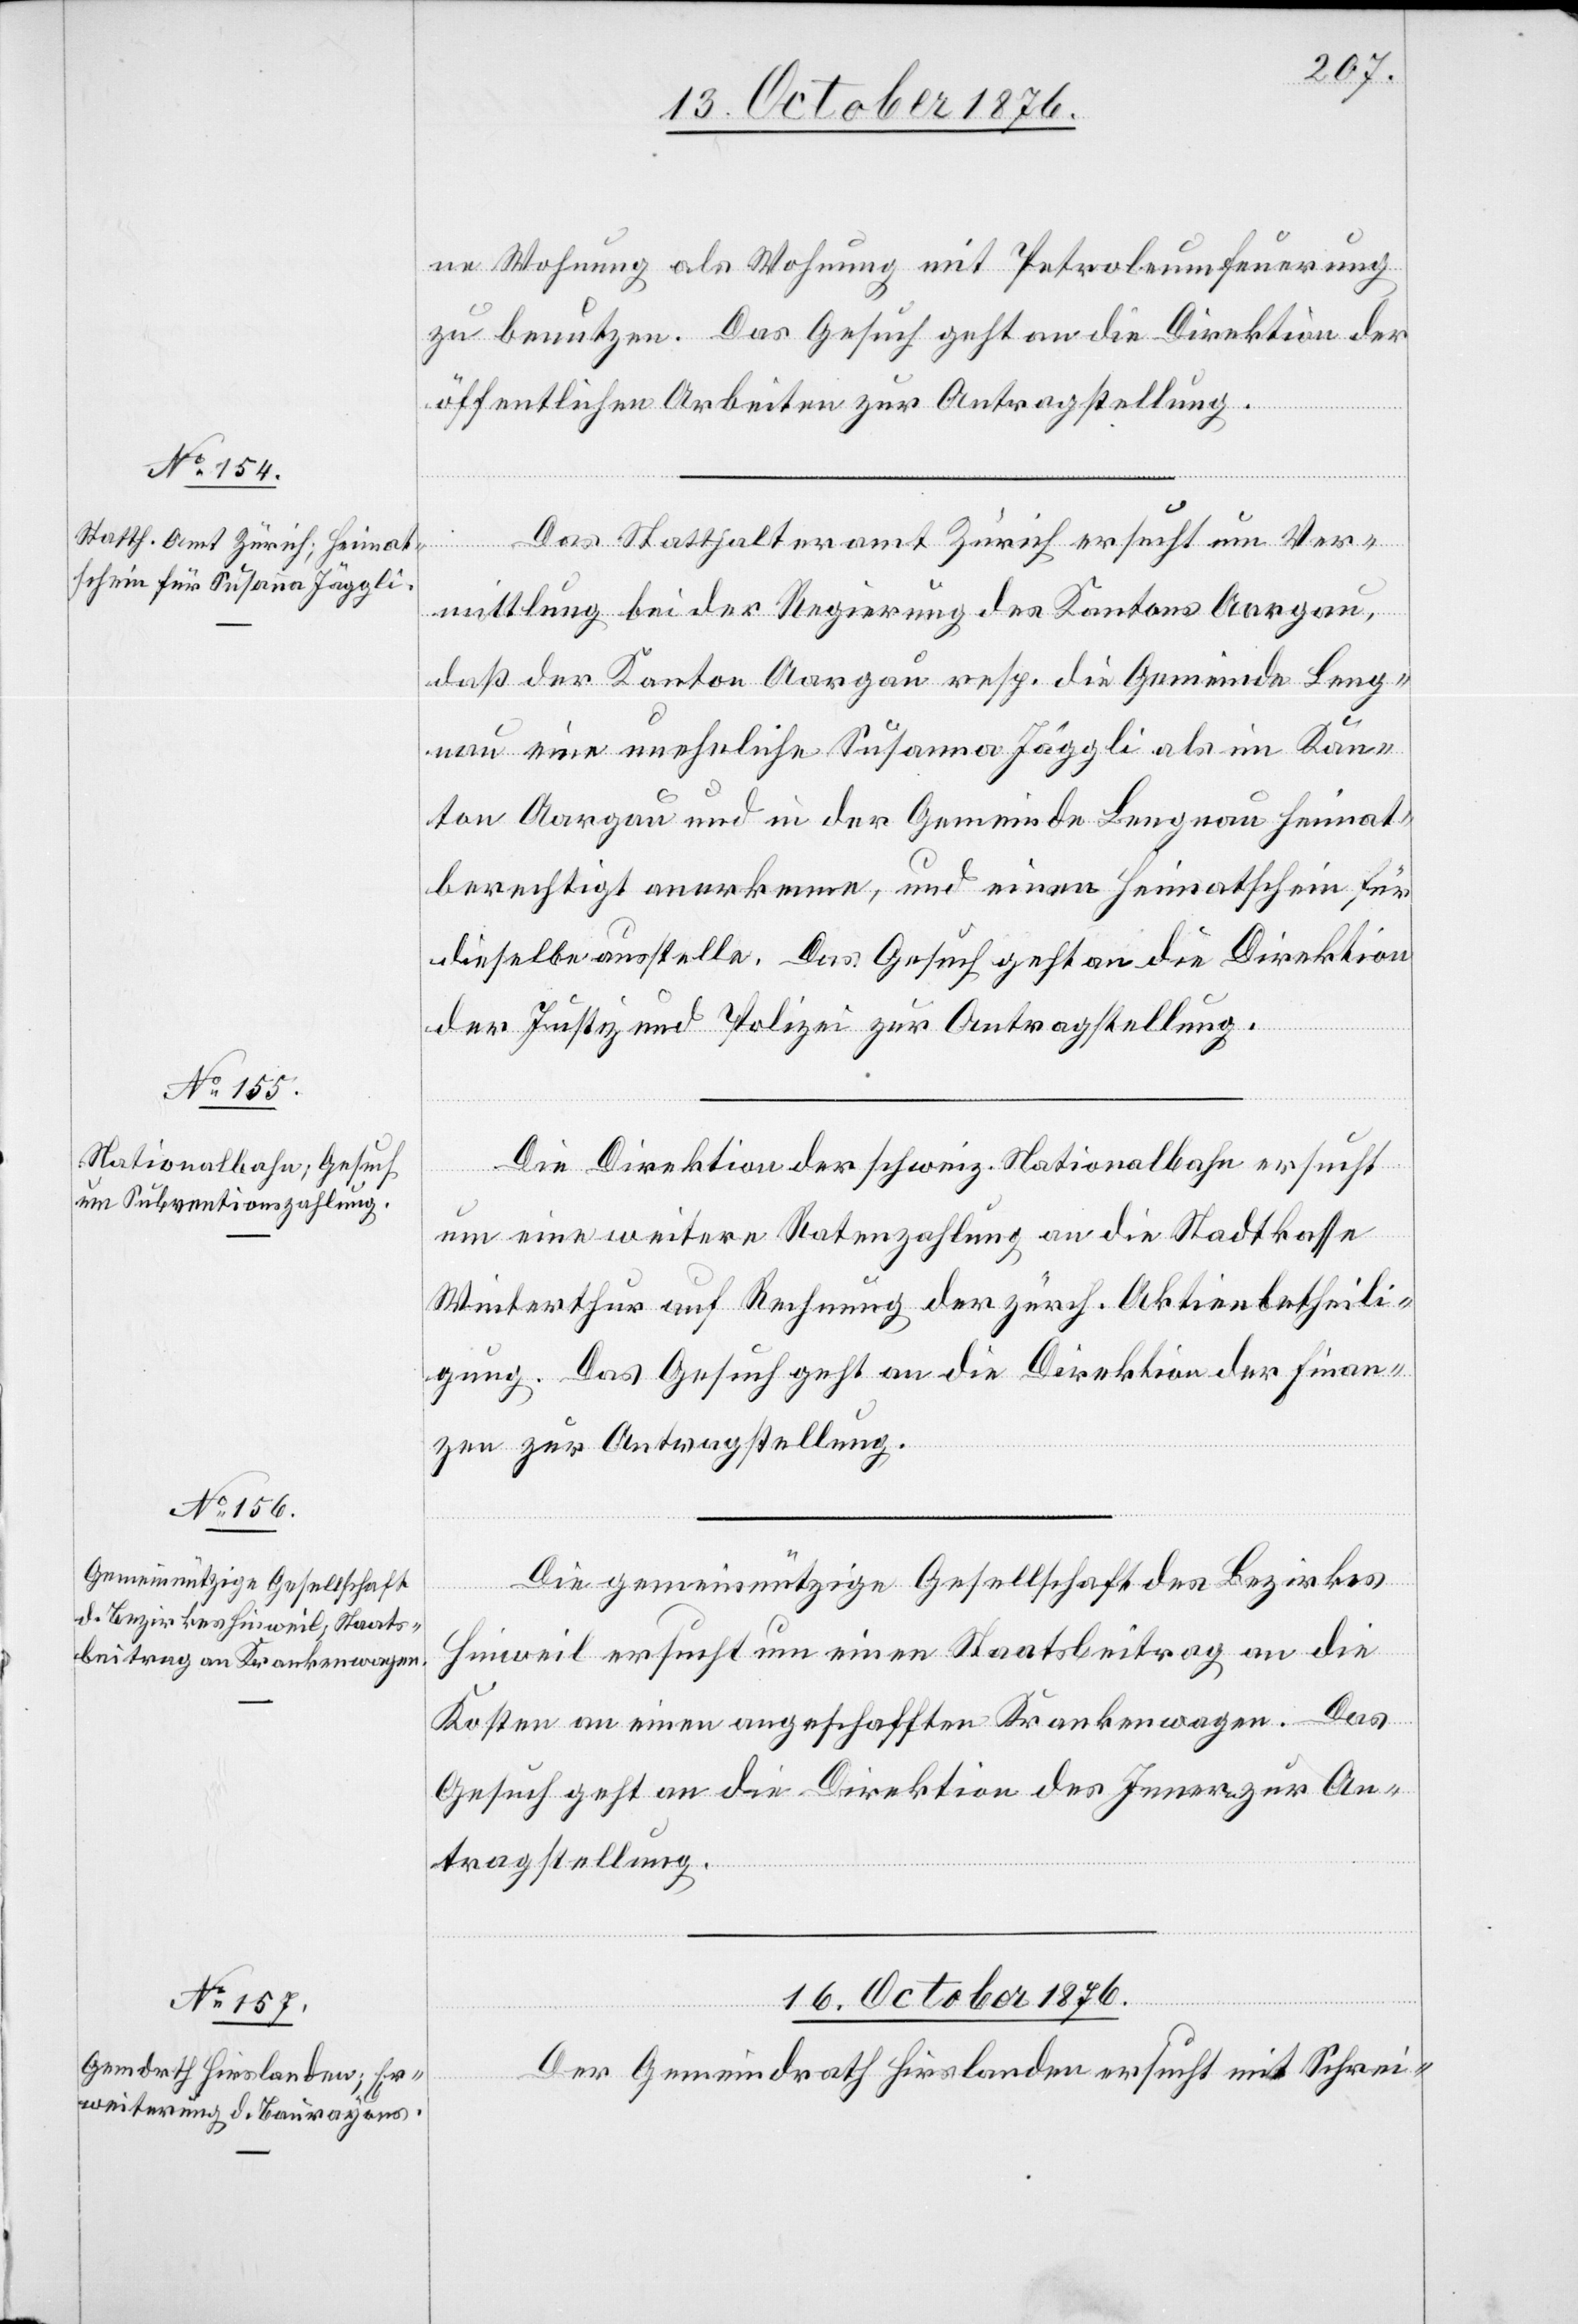
13. October 1876.]
ne Wohnung als Wohnung mit Petroleumfeuerung
zu benutzen. Das Gesuch geht an die Direktion der
öffentlichen Arbeiten zur Antragstellung.
Das Statthalteramt Zürich ersucht um Ver¬
mittlung bei der Regierung des Kantons Aargau,
daß der Kanton Aargau resp. die Gemeinde Leng¬
nau eine uneheliche Susanna Jäggli als im Kan¬
ton Aargau und in der Gemeinde Lengnau heimat¬
berechtigt anerkenne, und einen Heimtatschein für
dieselbe ausstelle. Das Gesuch geht an die Direktion
der Justiz und Polizei zur Antragstellung.
Die Direktion der schweiz. Nationalbahn ersucht
um eine weitere Ratenzahlung an die Stadtkasse
Winterthur auf Rechnung der zürch. Aktienbetheili¬
gung. Das Gesuch geht an die Direktion der Finan¬
zen zur Antragstellung.
Die gemeinnützige Gesellschaft des Bezirkes
Hinweil ersucht um einen Staatsbeitrag an die
Kosten an einen angeschafften Krankenwagen. Das
Gesuch geht an die Direktion des Innern zur An¬
tragstellung.
16. October 1876.
Der Gemeindrath Hirslanden ersucht mit Schrei-